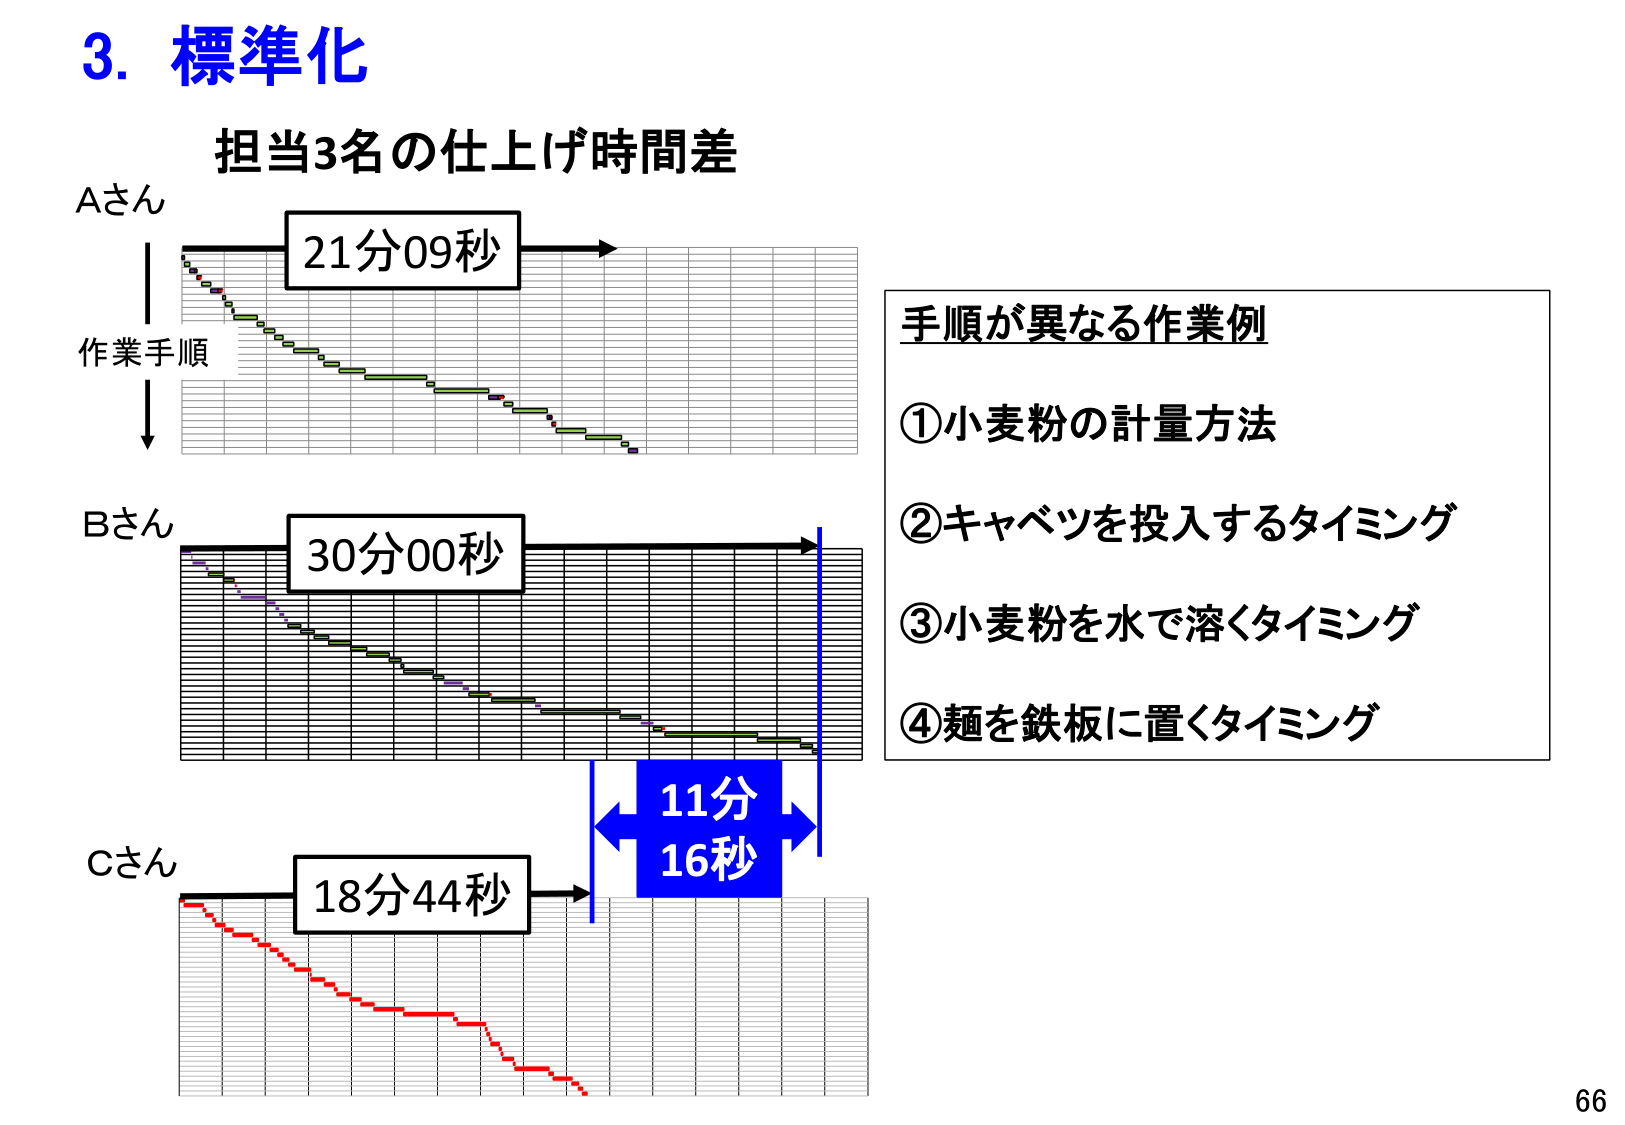
3. 標準化
担当3名の仕上げ時間差
Aさん
21分09秒
作業手順
Bさん
30分00秒
Cさん
18分44秒
11分16秒
手順が異なる作業例
①小麦粉の計量方法
②キャベツを投入するタイミング
③小麦粉を水で溶くタイミング
④麺を鉄板に置くタイミング
66